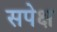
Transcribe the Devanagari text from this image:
सपेक्ष